Scientific memoirs by medical officers of the Army of India - Part XII,
Year: 1901
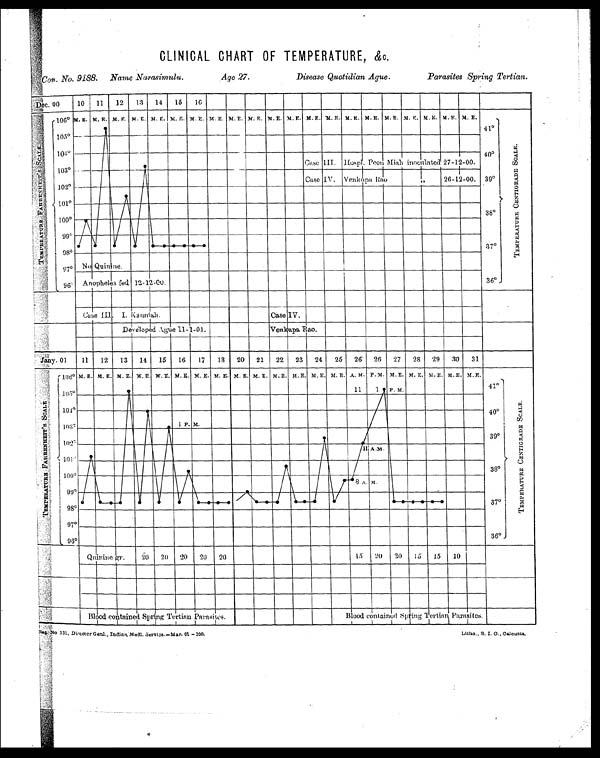
CLINICAL CHART OF TEMPERATURE, &c.
Con. No. 9188. Name Narasimulu.
Age 27.
Disease Quotidian Ague.
Parasites Spring Tertian.
Reg. No 131, Director Genl., Indian, Medl. Service.—Mar, 01-—300.
Litho., S. I. O., Calcutta.